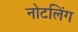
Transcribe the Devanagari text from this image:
नोटलिंग